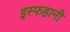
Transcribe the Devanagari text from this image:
इस्फहानी